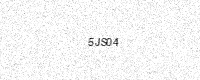
Text: 5JS04